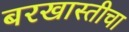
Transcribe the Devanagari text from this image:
बरखास्तीचा